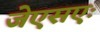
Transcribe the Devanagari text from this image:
जेएसएः